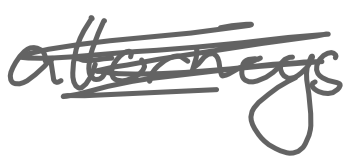
Text: attorneys
Cross-out: scratch
Writing tool: digital_gray